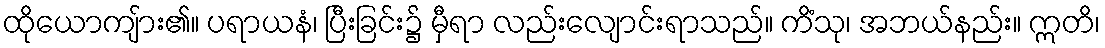
ထိုယောကျ်ား၏။ ပရာယနံ၊ ပြီးခြင်း၌ မှီရာ လည်းလျောင်းရာသည်။ ကိံသု၊ အဘယ်နည်း။ ဣတိ၊